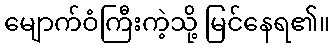
မျောက်ဝံကြီးကဲ့သို့ မြင်နေရ၏။